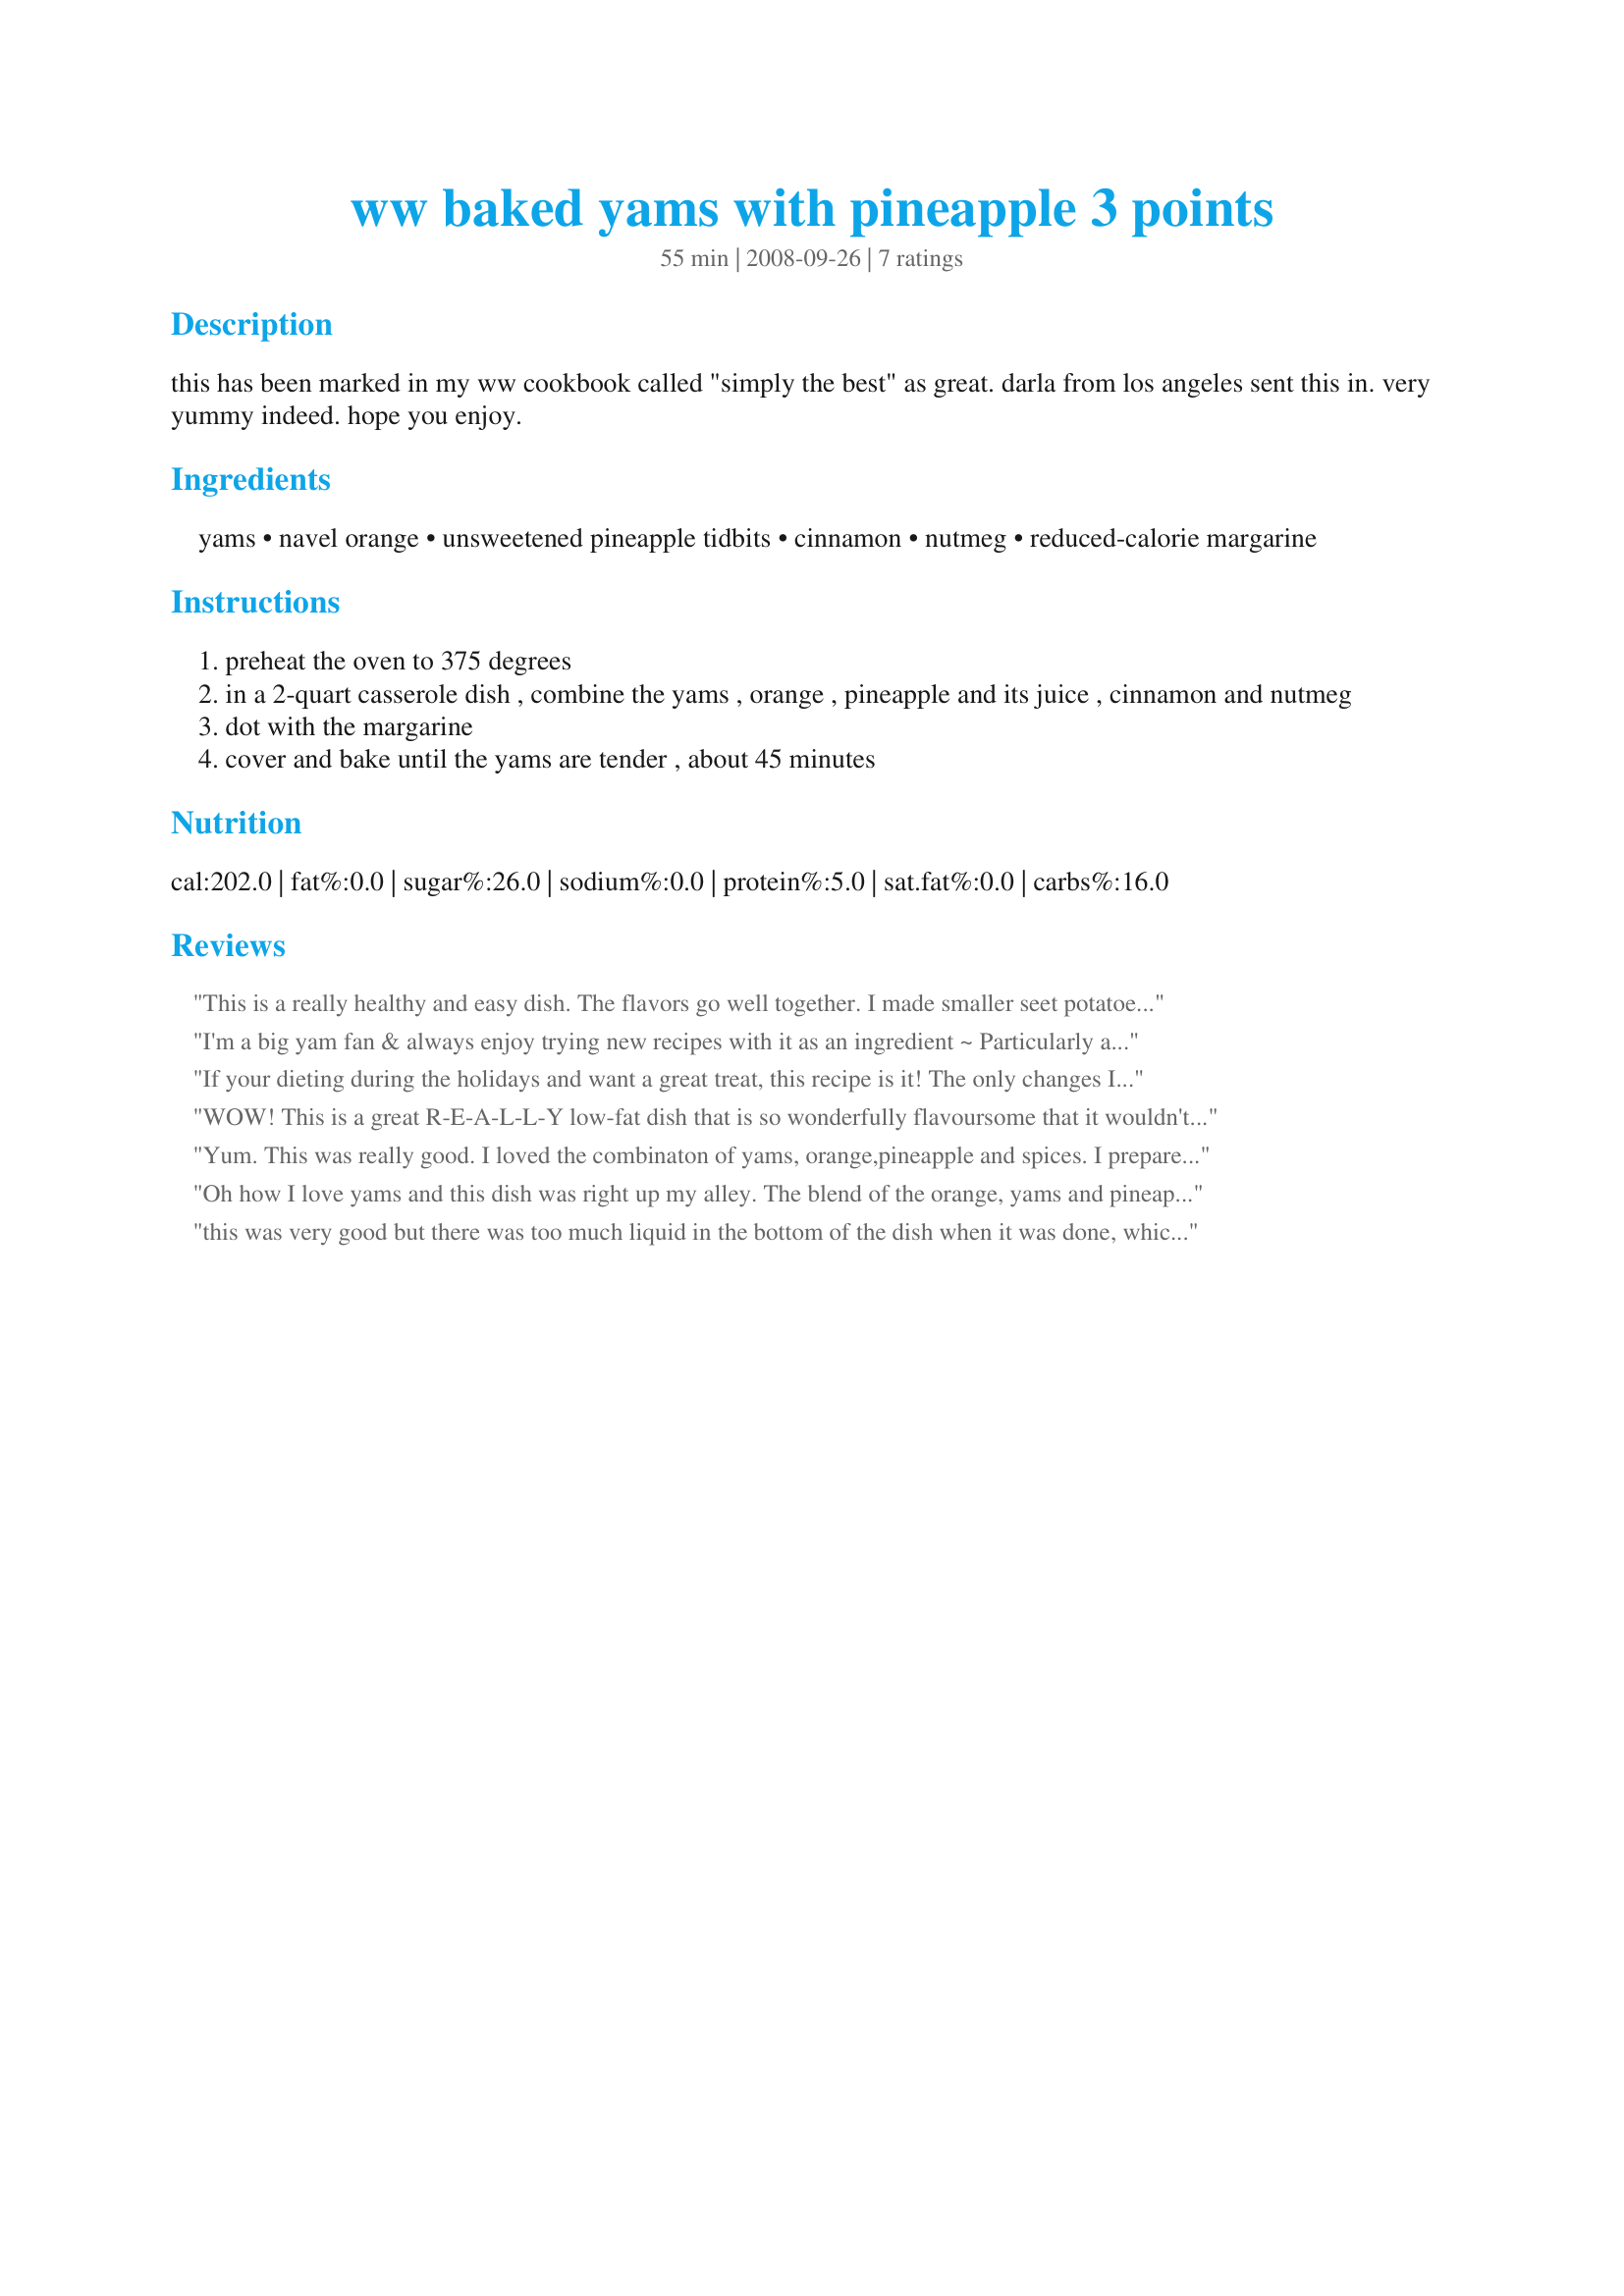
ww baked yams with pineapple 3 points
Preparation time: 55 minutes

this has been marked in my ww cookbook called "simply the best" as great. darla from los angeles sent this in. very yummy indeed. hope you enjoy.

Ingredients:
yams, navel orange, unsweetened pineapple tidbits, cinnamon, nutmeg, reduced-calorie margarine

Steps:
preheat the oven to 375 degrees
in a 2-quart casserole dish , combine the yams , orange , pineapple and its juice , cinnamon and nutmeg
dot with the margarine
cover and bake until the yams are tender , about 45 minutes

Reviews:
This is a really healthy and easy dish. The flavors go well together. I made smaller seet potatoe slices and used butter instead of margarine. My kids didn't like the texture too much.
I'm a big yam fan & always enjoy trying new recipes with it as an ingredient ~ Particularly appreciated the combo of yam/orange/pineapple here! The only thing I changed here was in NOT peeling the yams (LOVE THOSE PEELS!) ~ It might not be as NICE looking when finished, but it yams are tasty that way! Thanks for posting a really great recipe! [Tagged, made & reviewed in 1-2-3 Hit Wonders]
If your dieting during the holidays and want a great treat, this recipe is it! The only changes I would make is to double the pineapple next time (I used sweetened chunks). I did need to bake it for 1 hr 15 minutes for the potatoes to be tender, and I can even see grating it next time. The warm orange is yummy! (I accidentally quartered it instead of slicing it, but it's all good! Oooh, and did I mention how good the broth is?! Thanks for posting. :)
WOW! This is a great R-E-A-L-L-Y low-fat dish that is so wonderfully flavoursome that it wouldn't even occur to anyone that you served it to that it is, in fact, such a low-fat dish. And isn't that what you want from a low-fat dish? In view of what 2Bleu noted about the cooking time, I cut my sweet potato into much smaller pieces - basically into 1/2 inch slices. But otherwise I followed the recipe exactly and I wouldn't change a thing, except perhaps - next time - sneaking in maybe a tablespoon of wine in place of a little of the pineapple juice. The cooking time was pretty right for the thinner slices. Thank you for sharing this little gem of a recipe, TeresaS. Made for PRMR.
Yum. This was really good. I loved the combinaton of yams, orange,pineapple and spices. I prepared this dish exactly as directed and it came out perfect. Thanks for sharing. Made for KK's forum Recipe Tag game.
Oh how I love yams and this dish was right up my alley. The blend of the orange, yams and pineapple just took me to yam heaven! Wonderful flavors and loved the addition of the cinnamon and nutmeg. Made the four servings and my DD and I had it as a lunch. Nice filling recipe! Made for the Gimme5 tag game! Thanks Teresa for yet another winner - this is terrific!
this was very good but there was too much liquid in the bottom of the dish when it was done, which kind of made a mess on the plates etc. I think next time I might try adding cornstarch to help with that or maybe I&#039;ll add crushed pineapple and mash it at the end - that might be really good! I will be trying this recipe again, it was very tasty!
